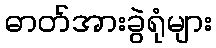
ဓာတ်အားခွဲရုံများ